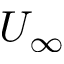
U _ { \infty }